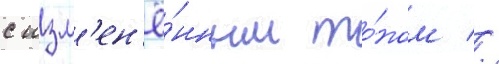
с изм'ен'ё́нным то́ном //